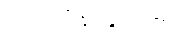
ယူကရိန်းနိုင်ငံ၏